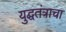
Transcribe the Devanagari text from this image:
युद्घतंत्राचा